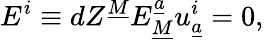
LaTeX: E^{i}\equiv dZ^{\underline{{{M}}}}E_{\underline{{{M}}}}^{\underline{{{a}}}}u_{\underline{{{a}}}}^{i}=0,